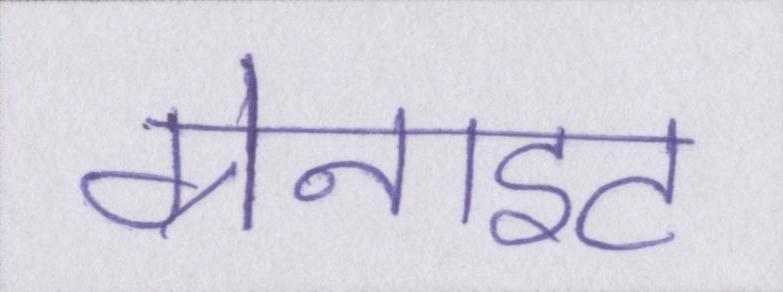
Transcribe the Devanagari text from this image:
ग्रेनाइट